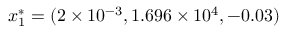
\boldsymbol { x } _ { 1 } ^ { * } = ( 2 \times 1 0 ^ { - 3 } , 1 . 6 9 6 \times 1 0 ^ { 4 } , - 0 . 0 3 )